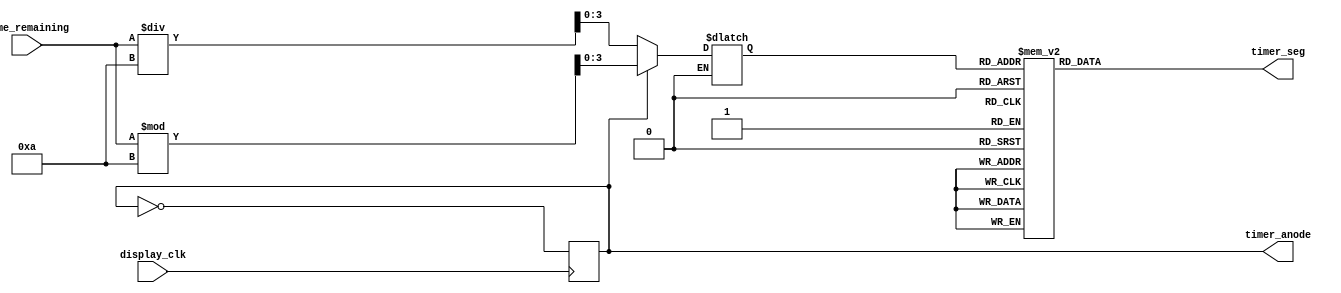
`timescale 1ns / 1ps
//////////////////////////////////////////////////////////////////////////////////
// Company: 
// Engineer: 
// 
// Design Name: 
// Module Name:    timer_display 
// Project Name: 
// Target Devices: 
// Tool versions: 
// Description: 
//
// Dependencies: 
//
// Revision: 
// Revision 0.01 - File Created
// Additional Comments: 
//
//////////////////////////////////////////////////////////////////////////////////
module timer_display(
	display_clk,
	time_remaining,  // the time remaining will be between 0 and 30 seconds
	timer_seg,
	timer_anode
);

	input display_clk;
	input [5:0] time_remaining;
	output reg [6:0] timer_seg;
	output reg timer_anode;

	reg [3:0] LED_BCD;

	initial begin
		timer_anode = 0;
	end

	always @(posedge display_clk) begin
		timer_anode = ~timer_anode;
	end

	always @(*) begin
		if (timer_anode == 1) begin
			LED_BCD = time_remaining % 10;
		end
		else if (timer_anode == 0) begin
			LED_BCD = (time_remaining / 10); 
		end
		
    end
	 
    // Cathode patterns of the 7-segment LED display 
    always @(*) begin
    case(LED_BCD)
        4'b0000: timer_seg = 7'b0111111; // "0"  
        4'b0001: timer_seg = 7'b0110000; // "1"  // 3rd bit corresponds to B, so third bit = B, 2nd bit corresponds to E
        4'b0010: timer_seg = 7'b1011011; // "2"  // 3rd and 6th bits correspond to B and C
        4'b0011: timer_seg = 7'b1111001; // "3" 
        4'b0100: timer_seg = 7'b1110100; // "4" 
        4'b0101: timer_seg = 7'b1101101; // "5" 
        4'b0110: timer_seg = 7'b1101111; // "6" 
        4'b0111: timer_seg = 7'b0111000; // "7" 
        4'b1000: timer_seg = 7'b1111111; // "8"  
        4'b1001: timer_seg = 7'b1111101; // "9" 
        4'b1010: timer_seg = 7'b1111110; // "-" 
        default: timer_seg = 7'b0000000; // ""
        endcase
		  
		  // timer_seg = ~timer_seg;
    end
	

endmodule